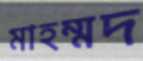
মাহম্মদ